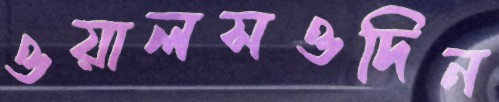
ওয়ালসওদিন